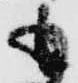
も